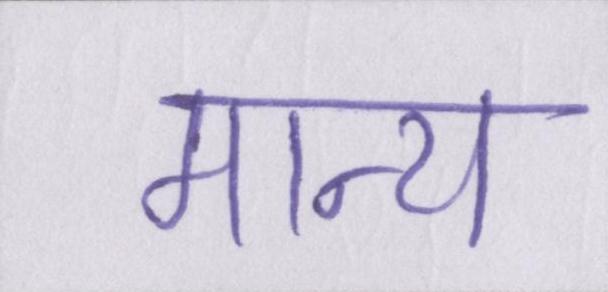
मान्य